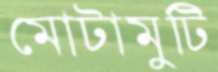
মোটামুটি